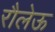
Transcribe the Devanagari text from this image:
रौलेऊ